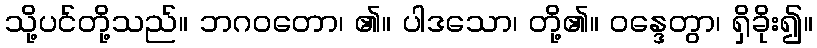
သို့ပင်တို့သည်။ ဘဂဝတော၊ ၏။ ပါဒသော၊ တို့၏။ ဝန္ဒေတွာ၊ ရှိခိုး၍။